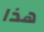
هذا